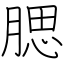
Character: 腮